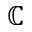
\mathbb { C }